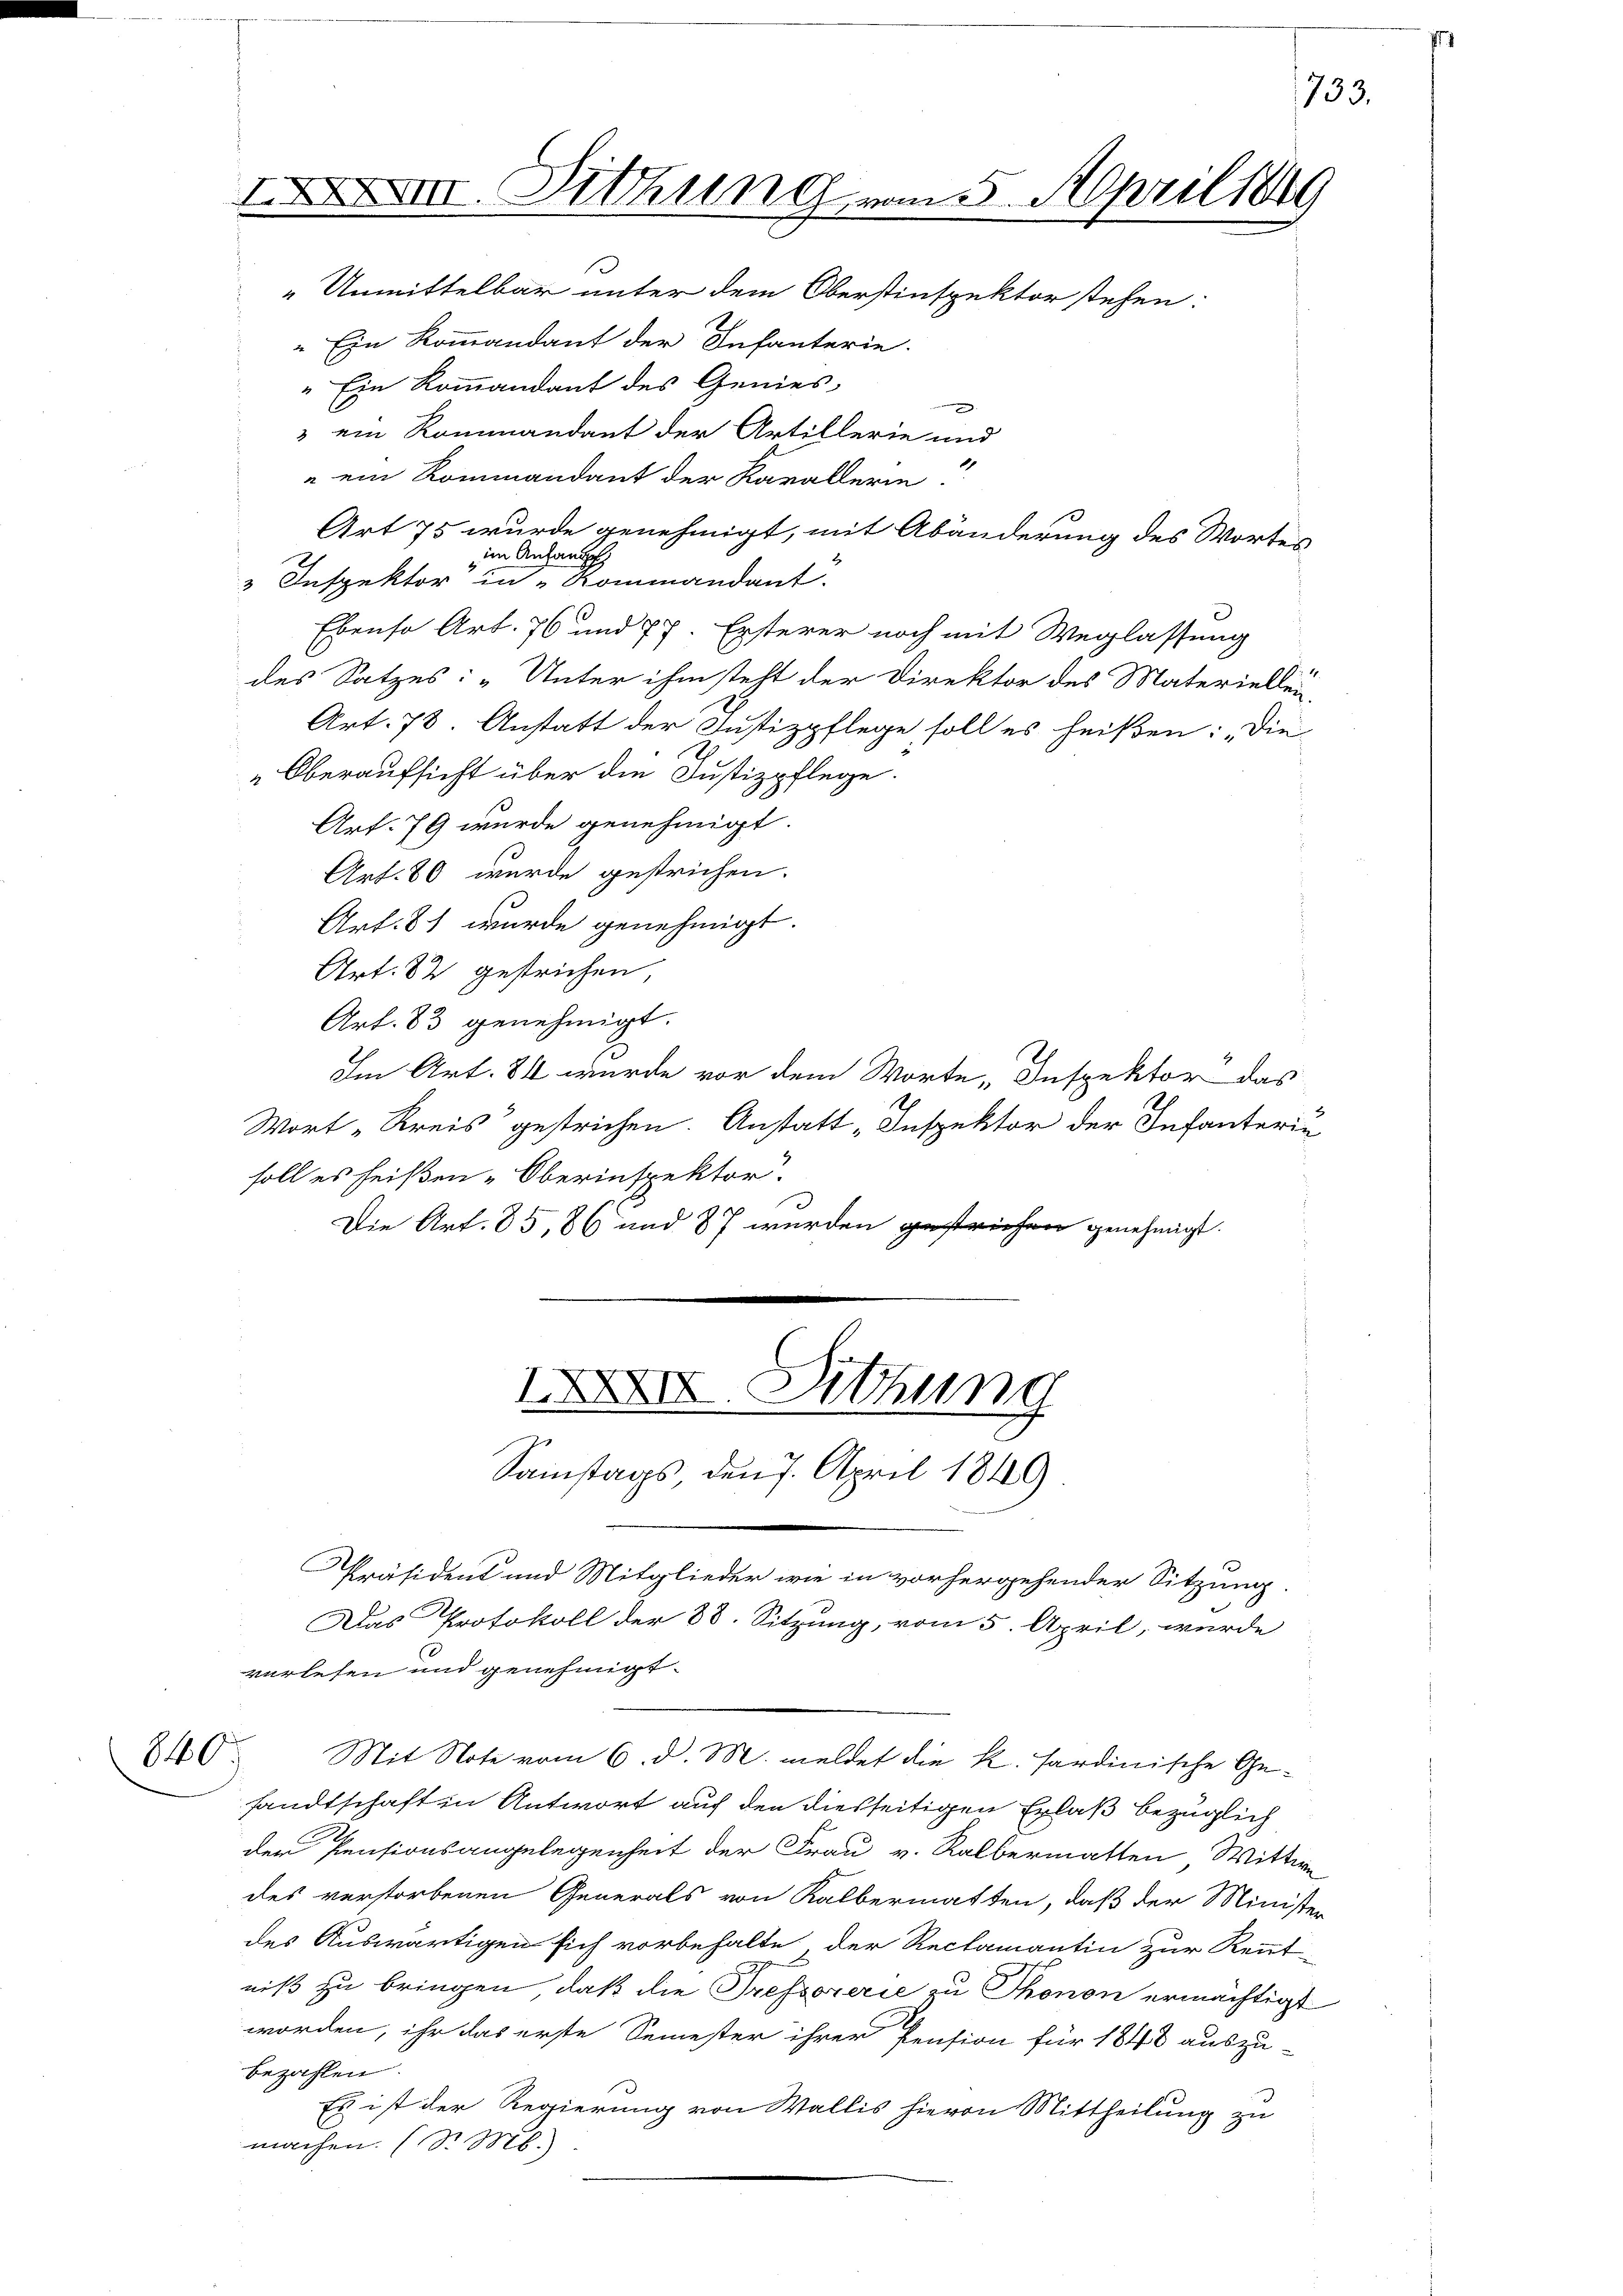
840.

XXXVIII. Sitzung vom 5. April 1849

Unmittelbar unter dem Oberstinspektor stehen:
" Ein Kommandant der Infanterie.
" Ein Kommandant des Genies-

3 ein Kommandant der Artillerie und
" ein Kommandant der Karallerie
Art 75 wurde genehmigt, mit Abänderung des Wortes
im Anfange
3 Inspektor in Kommandant.
Ebenso Art. 76 und 77. Ersterer noch mit Weglassung
des Satzes: „Unter ihm steht der Direktor des Materiellen,
Art. 78. Anstatt der Justizpflege soll es heißen: „Die
.
Oberaufsicht über die Justizpflege.
Art. 79 wurde genehmigt.
Art. 80 wurde gestrichen.
Art. 81 wurde genehmigt.
Art. 82 gestrichen,
Art. 83 genehmigt.
Im Art. 84 wurde vor dem Worte Inspektor das
Wort „Kreis gestrichen. Anstatt „Inspektor der Infanteriu
soll es heißen-Oberinspektor.
Die Art. 85, 86 und 87 werden gestrichen genehmigt.

XII. Sitzung
Samstags den 7. April 1849

Präsident und Mitglieder wie in vorhergehender Sitzung
Das Protokoll der 88. Sitzung, vom 5. April, wurde
verlesen und genehmigt.
Mit Note vom 6. d. M. meldet die K. Sardinische Gesandtschaft in Antwort auf den diesseitigen Erlaß bezüglich
der Pensionsangelegenheit der Frau v. Kalbermatten Wittwe
des verstorbenen Generals von Kalbermatten, daß der Minister
des Auswärtigen sich vorbehalte, der Reclamantin zur Kennt
niß zu bringen, daß die Tressorerie zu Thonon ermächtigt
worden, ihr das erste Semester ihrer Pension für 1848 auszu
bezahlen.
Es ist der Regierung von Wallis hievon Mittheilung zu
machen. (Dr. Ms.

733.